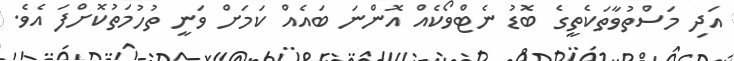
އަދި މަސްތުވާތަކެތީގެ ބޮޑު ނެޓްވޯކެއް އޮންނަ ބައެއް ކަމަށް ވަނީ ތުހުމަތުކޮށްފަ އެވެ.